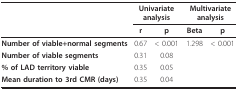
|  | <COLSPAN=2> Univariate analysis | <COLSPAN=2> Multivariate analysis |
 |  | r | p | Beta | p |
 | --- | --- | --- | --- | --- |
 | Number of viable+normal segments | 0.67 | < 0.001 | 1.298 | < 0.001 |
 | Number of viable segments | 0.31 | 0.08 |  |  |
 | % of LAD territory viable | 0.35 | 0.05 |  |  |
 | Mean duration to 3rd CMR (days) | 0.35 | 0.04 |  |  |